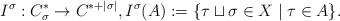
LaTeX: \begin{align*}I^\sigma : C^*_\sigma \rightarrow C^{*+|\sigma|}, I^\sigma(A) := \{\tau \sqcup \sigma \in X \;|\; \tau \in A \}.\end{align*}